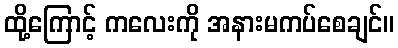
ထို့ကြောင့် ကလေးကို အနားမကပ်စေချင်။